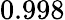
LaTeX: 0.998